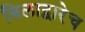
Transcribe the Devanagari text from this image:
बिलाद्वारेच